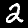
Label: 2